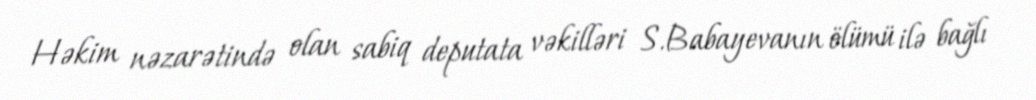
Həkim nəzarətində olan sabiq deputata vəkilləri S.Babayevanın ölümü ilə bağlı